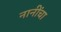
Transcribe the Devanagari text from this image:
नानींचा